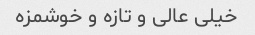
خیلی عالی و تازه و خوشمزه